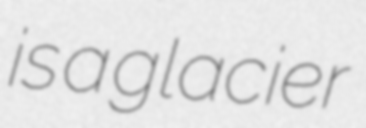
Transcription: is a glacier